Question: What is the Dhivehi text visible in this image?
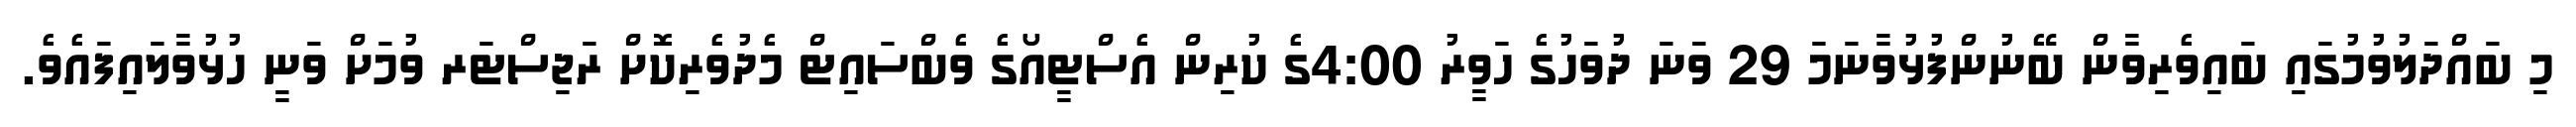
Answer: މި ބައްދަލުވުމުގައި ބައިވެރިވާން ބޭނުންފުޅުވާނަމަ 29 ވަނަ ދުވަހުގެ ހަވީރު 4:00ގެ ކުރިން އެސްޓީއޯގެ ވެބްސައިޓް މެދުވެރިކޮށް ރަޖިސްޓަރ ވުމަށް ވަނީ ހުޅުވާލައިފައެވެ.